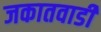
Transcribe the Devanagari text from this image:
जकातवाडी